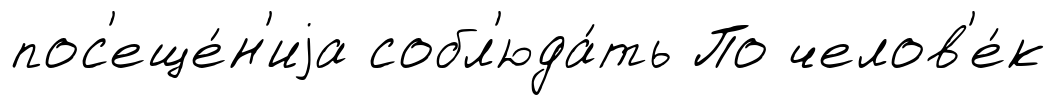
пос'еще́н'иjа собл'юда́ть По челов'е́к